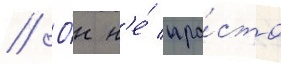
// О́н н'е́ про́сто